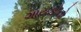
ગાયકોનો